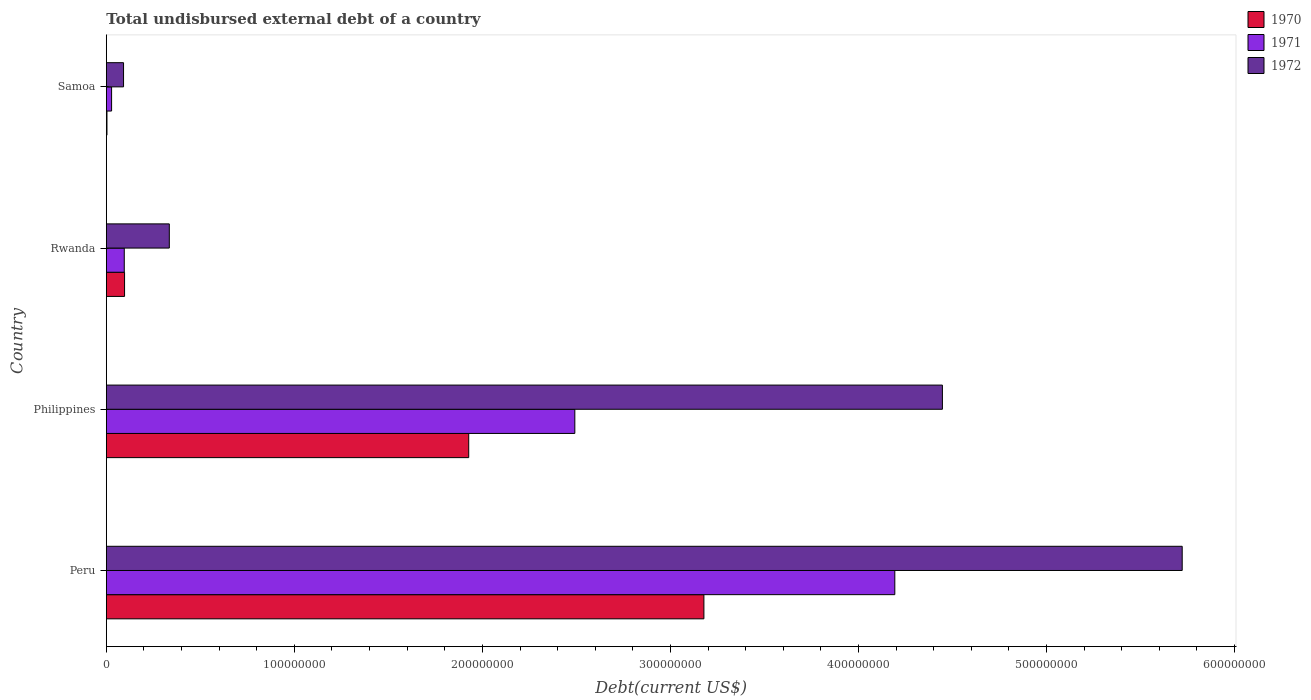
| Country | 1970 | 1971 | 1972 |
 | --- | --- | --- | --- |
 | Peru | 3.18e+08 | 4.19e+08 | 5.72e+08 |
 | Philippines | 1.93e+08 | 2.49e+08 | 4.45e+08 |
 | Rwanda | 9.7e+06 | 9.53e+06 | 3.35e+07 |
 | Samoa | 3.36e+05 | 2.8e+06 | 9.15e+06 |